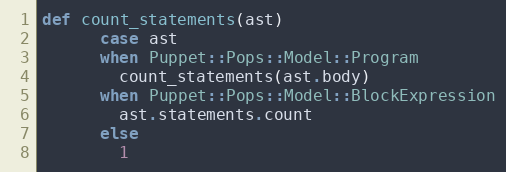
Language: Ruby
def count_statements(ast)
      case ast
      when Puppet::Pops::Model::Program
        count_statements(ast.body)
      when Puppet::Pops::Model::BlockExpression
        ast.statements.count
      else
        1